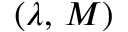
( \lambda , \, M )